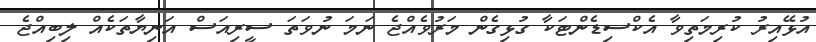
އުޅޭއިރު ކުރިމަތިވާ އެކްސިޑެންޓަކާ ގުޅިގެން މަރުވެއްޖެ ނަމަ ނުވަތަ ސީރިއަސް އަނިޔާތަކެއް ލިބިއްޖެ